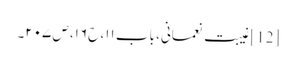
[12] غیبت نعمانی، باب ۱۱، ح۱۶، ص ۲۰۷۔